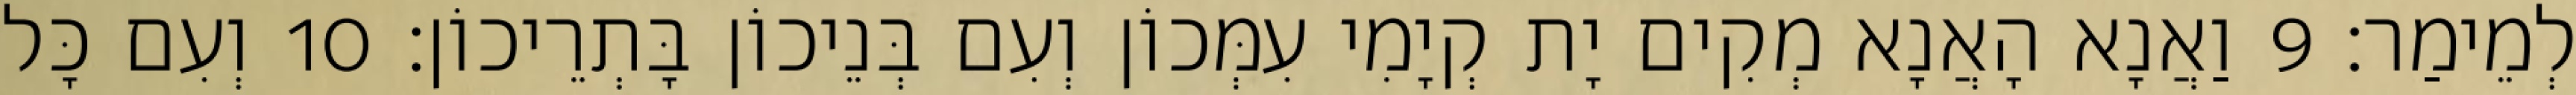
לְמֵימַר׃ 9 וַאֲנָא הָאֲנָא מְקִים יָת קְיָמִי עִמְּכוֹן וְעִם בְּנֵיכוֹן בָּתְרֵיכוֹן׃ 10 וְעִם כָּל